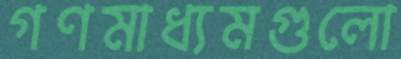
গণমাধ্যমগুলো